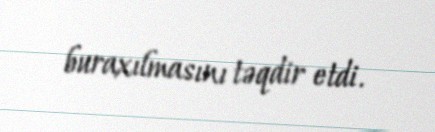
buraxılmasını təqdir etdi.